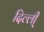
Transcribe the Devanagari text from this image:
दिल्ली्